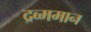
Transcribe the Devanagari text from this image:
द्रव्ममान